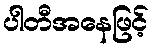
ပါတီအနေဖြင့်